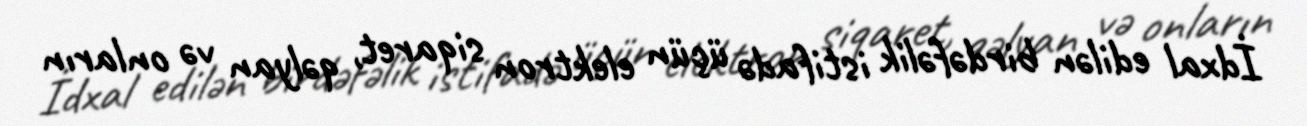
İdxal edilən birdəfəlik istifadə üçün elektron siqaret, qəlyan və onların